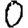
Digit: 0